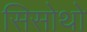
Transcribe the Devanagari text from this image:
सिसोथो